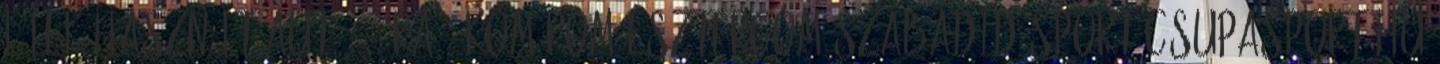
lélek Használt autó 24 Óra - Komárom-Esztergom Szabadidősport Csupasport.hu